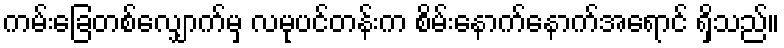
ကမ်းခြေတစ်လျှောက်မှ လမုပင်တန်းက စိမ်းနောက်နောက်အရောင် ရှိသည်။